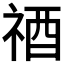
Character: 𥙫